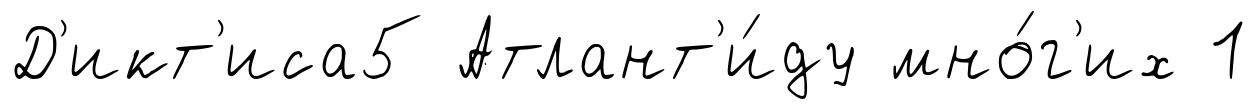
Д'икт'иса5 Атлант'и́ду мно́г'их 1